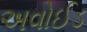
અવોઈડ